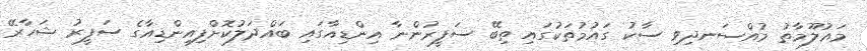
މައުލޫމާތު މުއްސަނދިވި ސާކު ގައުމުތަކުގައި ތިބޭ ސަފީރުންނާ އިންޑިއާގައި ބައްދަލުކޮށްފިއިންޑިއާގެ ސަފީރު ޝަހާރޭ